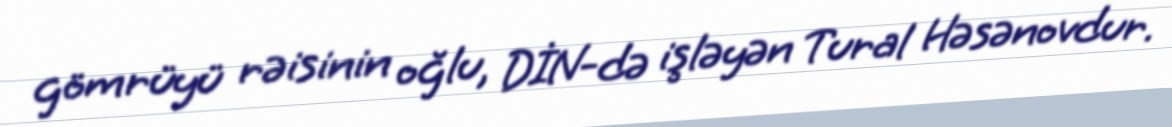
gömrüyü rəisinin oğlu, DİN-də işləyən Tural Həsənovdur.